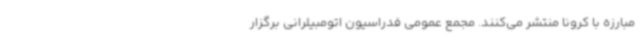
مبارزه با کرونا منتشر می‌کنند. مجمع عمومی فدراسیون اتومبیلرانی برگزار